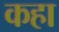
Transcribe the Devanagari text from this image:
कहा